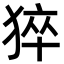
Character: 猝